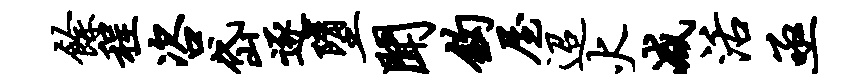
余程咨岱逐堕闻钩屋迢火减活亟